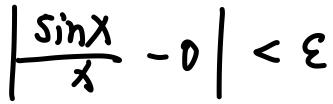
$\left|\frac{\sin x}{x} - 0\right| < \varepsilon$